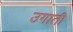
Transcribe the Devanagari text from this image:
उगाती